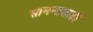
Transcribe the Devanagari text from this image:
सामन्तशाही